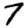
Digit: 7